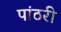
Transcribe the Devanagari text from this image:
पांठरी